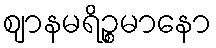
ဈာနမရိဉ္စမာနော